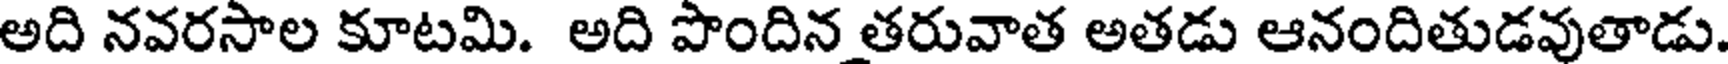
అది నవరసాల కూటమి. అది పొందిన తరువాత అతడు ఆనందితుడవుతాడు.